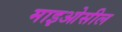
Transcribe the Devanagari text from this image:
माइओसील